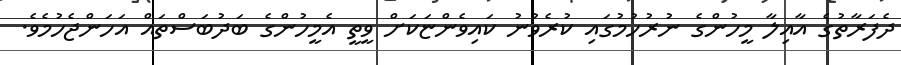
ދެފަރާތުގެ އާއިލާ މީހުންގެ ނުރުހުމުގައި ކުރެވުނު ކައިވެންޏަކަށް ވީތީ އެމީހުންގެ ބަދުބަސްތައް އަހަންޖެހުމެވެ.